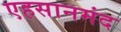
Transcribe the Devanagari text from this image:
एहसानमंद